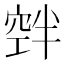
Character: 𮄃